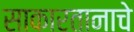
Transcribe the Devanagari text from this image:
साकारतानाचे